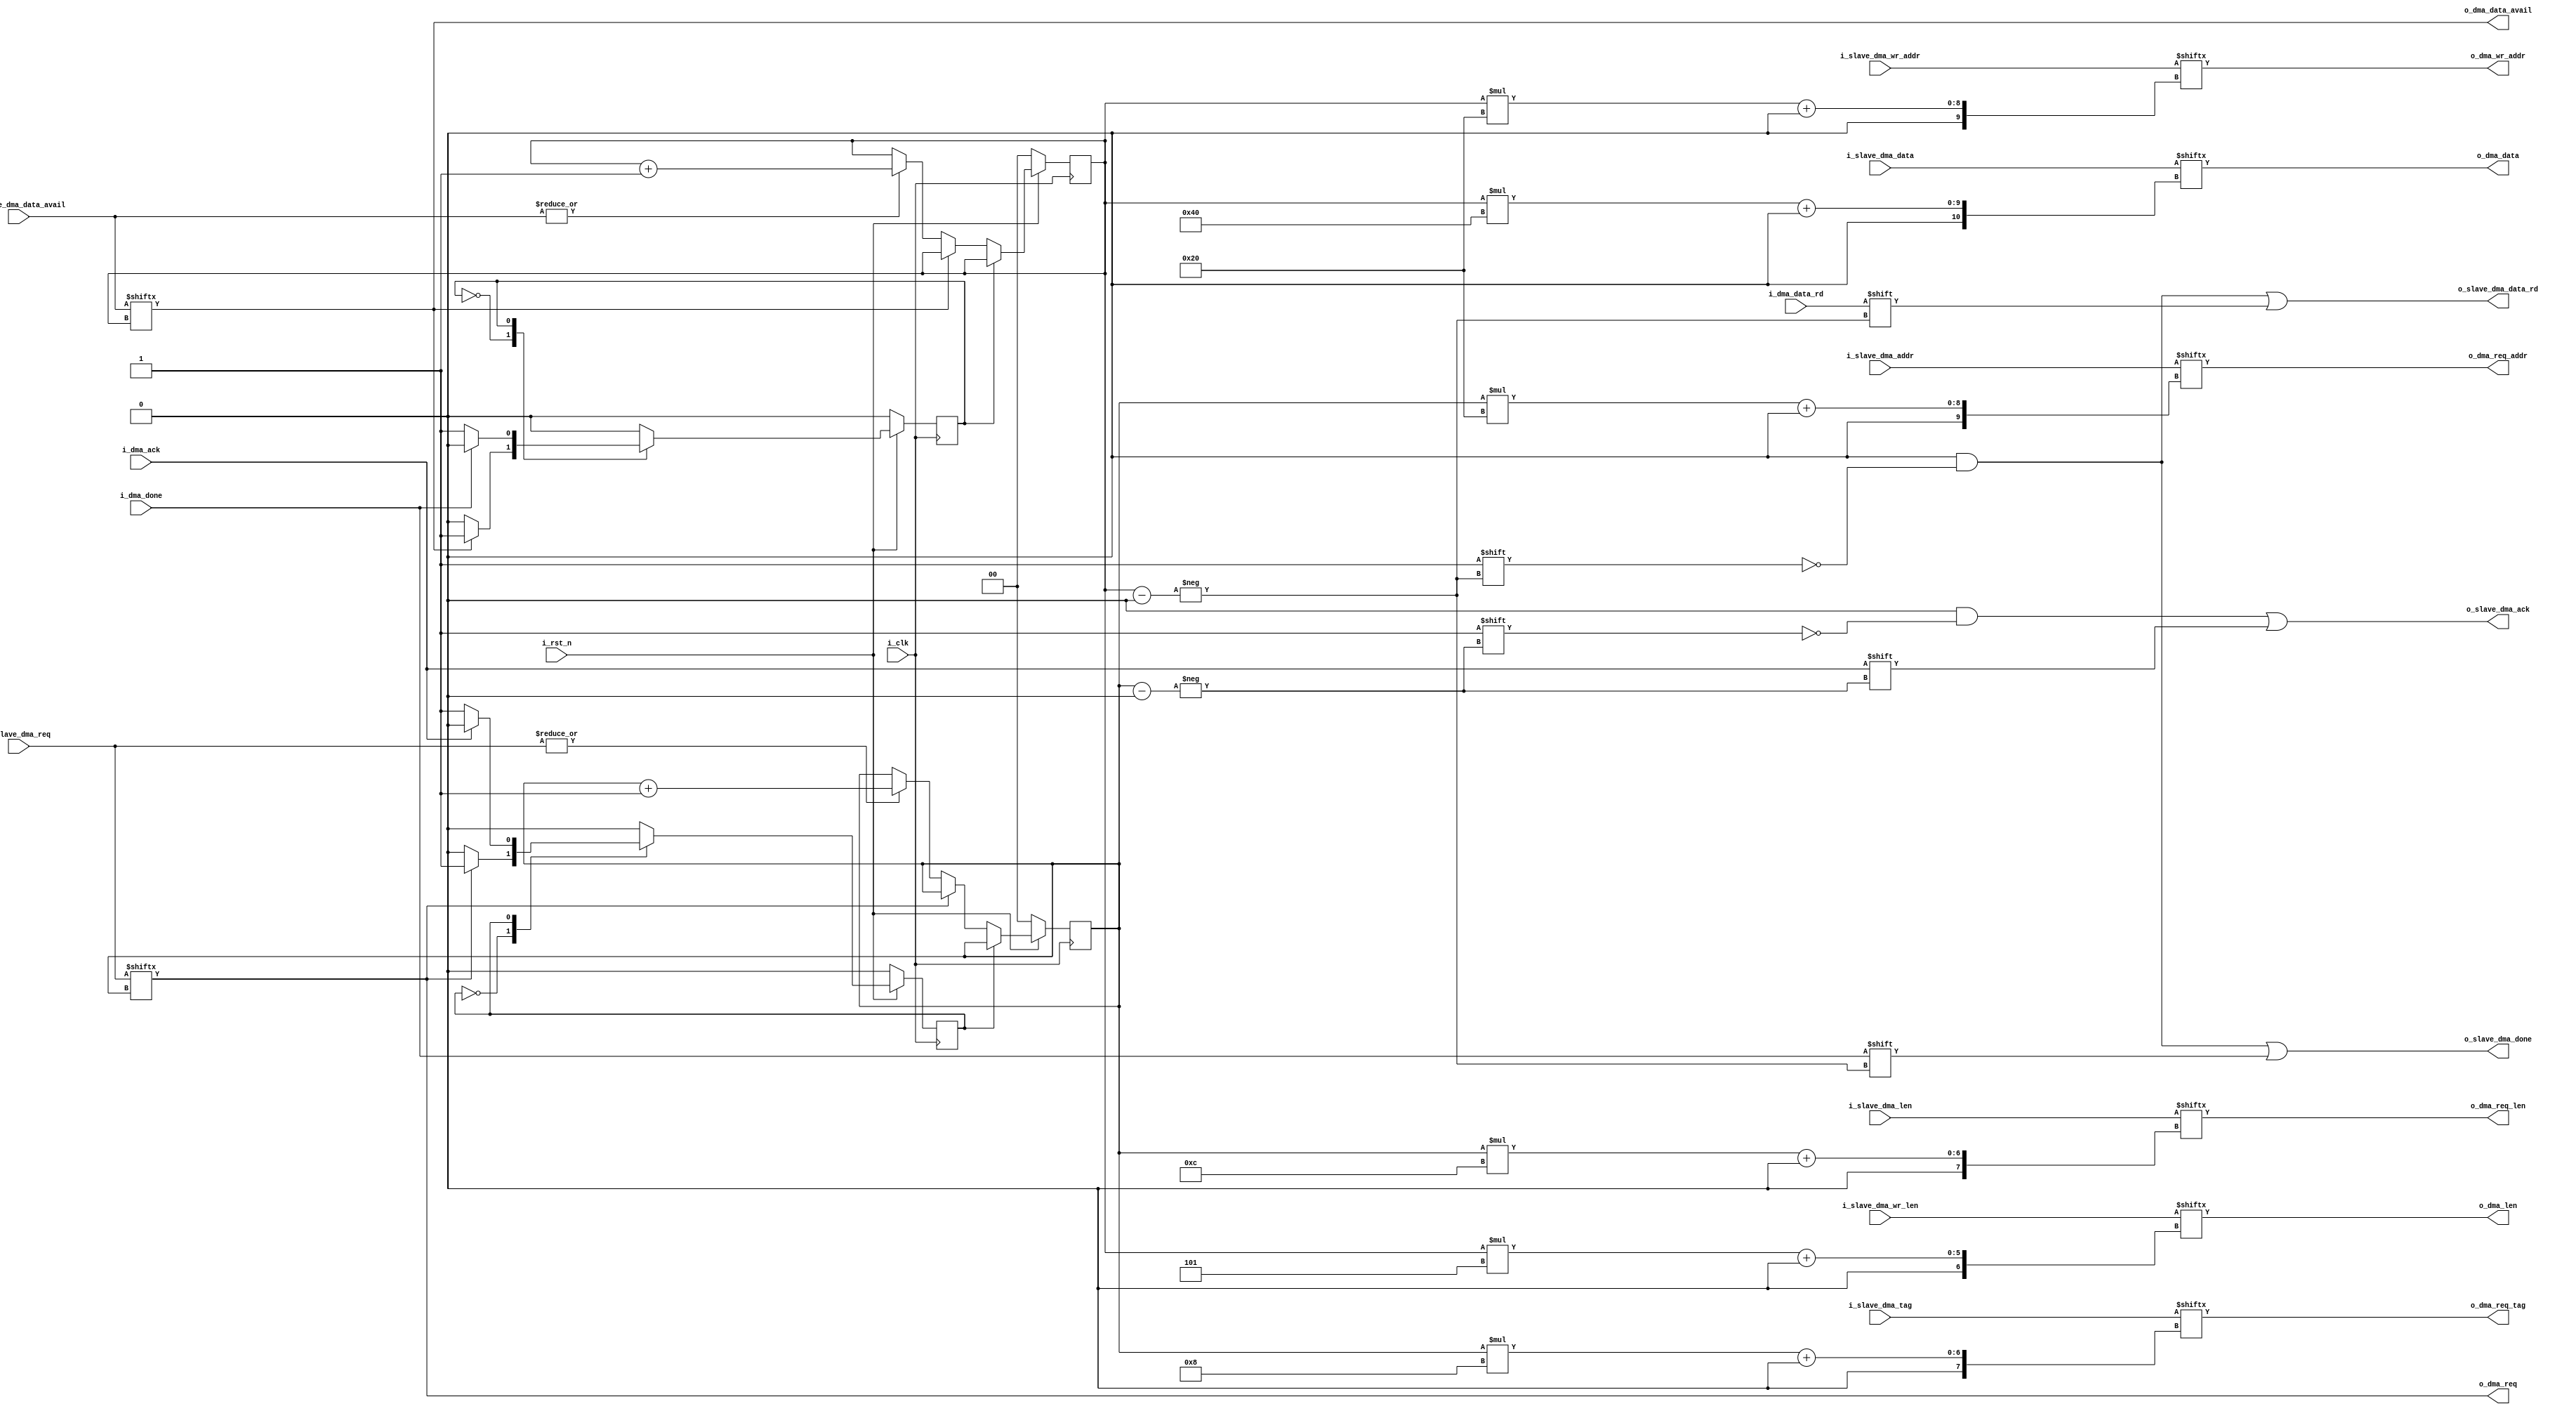
module user_dma_req_arbitrator #(
    parameter NUM_SLAVES = 'd4,
    parameter ADDR_WIDTH = 'd32,
    parameter LEN_WIDTH  = 'd12,
    parameter TAG_WIDTH  = 'd8,
    parameter DATA_WIDTH = 'd64,
    parameter DMA_LEN    = 'd5
    )
   (
       input                                    i_clk,
       input                                    i_rst_n,
       //To PSG slaves
       input      [NUM_SLAVES-1:0]              i_slave_dma_req,
       input      [ADDR_WIDTH*NUM_SLAVES-1:0]   i_slave_dma_addr,
       input      [LEN_WIDTH*NUM_SLAVES-1:0]    i_slave_dma_len,
       input      [TAG_WIDTH*NUM_SLAVES-1 :0]   i_slave_dma_tag,
       output reg [NUM_SLAVES-1:0]              o_slave_dma_ack, 
 
       input      [NUM_SLAVES-1:0]              i_slave_dma_data_avail,
       input      [ADDR_WIDTH*NUM_SLAVES-1:0]   i_slave_dma_wr_addr,
       output reg [NUM_SLAVES-1:0]              o_slave_dma_data_rd,
       input      [NUM_SLAVES*DATA_WIDTH-1:0]   i_slave_dma_data,
       input      [NUM_SLAVES*DMA_LEN-1:0]      i_slave_dma_wr_len,
       output reg [NUM_SLAVES-1:0]              o_slave_dma_done,
       //To PCIe Tx engine
       output reg                               o_dma_req,
       input                                    i_dma_ack,
       output reg [ADDR_WIDTH-1:0]              o_dma_req_addr,
       output reg [LEN_WIDTH-1:0]               o_dma_req_len,
       output reg [TAG_WIDTH-1:0]               o_dma_req_tag,
 
       output reg                               o_dma_data_avail,
       output reg [ADDR_WIDTH-1:0]              o_dma_wr_addr,
       input                                    i_dma_data_rd,
       output reg [DATA_WIDTH-1:0]              o_dma_data,
       output reg [DMA_LEN-1:0]                 o_dma_len,
       input                                    i_dma_done
    );

reg [$clog2(NUM_SLAVES)-1:0] current_req_slave_served;
reg [$clog2(NUM_SLAVES)-1:0] current_dma_slave_served;


localparam  IDLE    = 'd0,
            DMA_REQ = 'd1;

reg rd_state;
reg wr_state;
wire some_other_wr_req;
wire some_other_rd_req;

assign some_other_wr_req = |i_slave_dma_data_avail[NUM_SLAVES-1:0];
assign some_other_rd_req = |i_slave_dma_req[NUM_SLAVES-1:0];

always@(*)
begin
   o_slave_dma_data_rd  <=    {NUM_SLAVES{1'b0}};
   o_slave_dma_data_rd[current_dma_slave_served] <= i_dma_data_rd;
   o_dma_data           <=    i_slave_dma_data[current_dma_slave_served*DATA_WIDTH+:DATA_WIDTH];
   o_dma_req_addr       <=    i_slave_dma_addr[current_req_slave_served*ADDR_WIDTH+:ADDR_WIDTH];
   o_dma_req_len        <=    i_slave_dma_len[current_req_slave_served*LEN_WIDTH+:LEN_WIDTH];
   o_dma_req_tag        <=    i_slave_dma_tag[current_req_slave_served*TAG_WIDTH+:TAG_WIDTH];
   o_dma_wr_addr        <=    i_slave_dma_wr_addr[current_dma_slave_served*ADDR_WIDTH+:ADDR_WIDTH]; 
   o_dma_len            <=    i_slave_dma_wr_len[current_dma_slave_served*DMA_LEN+:DMA_LEN];
   o_slave_dma_done     <=    {NUM_SLAVES{1'b0}};
   o_slave_dma_done[current_dma_slave_served] <=   i_dma_done;
   o_dma_req            <=    i_slave_dma_req[current_req_slave_served];
   o_slave_dma_ack      <=    {NUM_SLAVES{1'b0}};
   o_slave_dma_ack[current_req_slave_served] <= i_dma_ack;
   o_dma_data_avail     <=    i_slave_dma_data_avail[current_dma_slave_served];

end

always @(posedge i_clk)
begin
    if(!i_rst_n)
    begin
        rd_state                 <= IDLE;
        current_req_slave_served <= 0;
    end
    else
    begin
        case(rd_state)
            IDLE:begin
                if(i_slave_dma_req[current_req_slave_served])
                begin
                    rd_state       <=    DMA_REQ;
                end 
                else if(some_other_rd_req)
                    current_req_slave_served  <=   current_req_slave_served + 1'b1;
            end
            DMA_REQ:begin
                if(i_dma_ack)
                begin
                    rd_state                  <=    IDLE;  
                end
            end
        endcase
    end
end

always @(posedge i_clk)
begin
    if(!i_rst_n)
    begin
        wr_state                  <= IDLE;
        current_dma_slave_served  <= 0;
    end
    else
    begin
        case(wr_state)
            IDLE:begin
                if(i_slave_dma_data_avail[current_dma_slave_served])
                begin
                    wr_state     <=    DMA_REQ;                
                end 
                else if(some_other_wr_req)
                    current_dma_slave_served  <=   current_dma_slave_served + 1'b1;
            end
            DMA_REQ:begin
                if(i_dma_done)
                begin
                    wr_state    <=    IDLE;  
                end
            end
        endcase
    end
end

endmodule